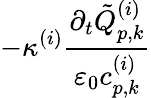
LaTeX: -\kappa^{(i)}\frac{\partial_{t}\tilde{Q}_{p,k}^{(i)}}{\varepsilon_{0}c_{p,k}^{(i)}}